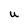
Character: u